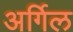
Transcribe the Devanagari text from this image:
अर्गिल